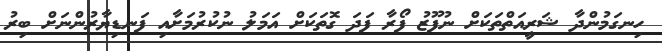
ހިނގަމުންދާ ޝަރީއަތްތަކަށް ނުފޫޒު ފޯރާ ފަދަ ގޮތަކަށް އަމަލު ނުކުރުމަށާއި ފަނޑިޔާރުންނަށް ބިރު